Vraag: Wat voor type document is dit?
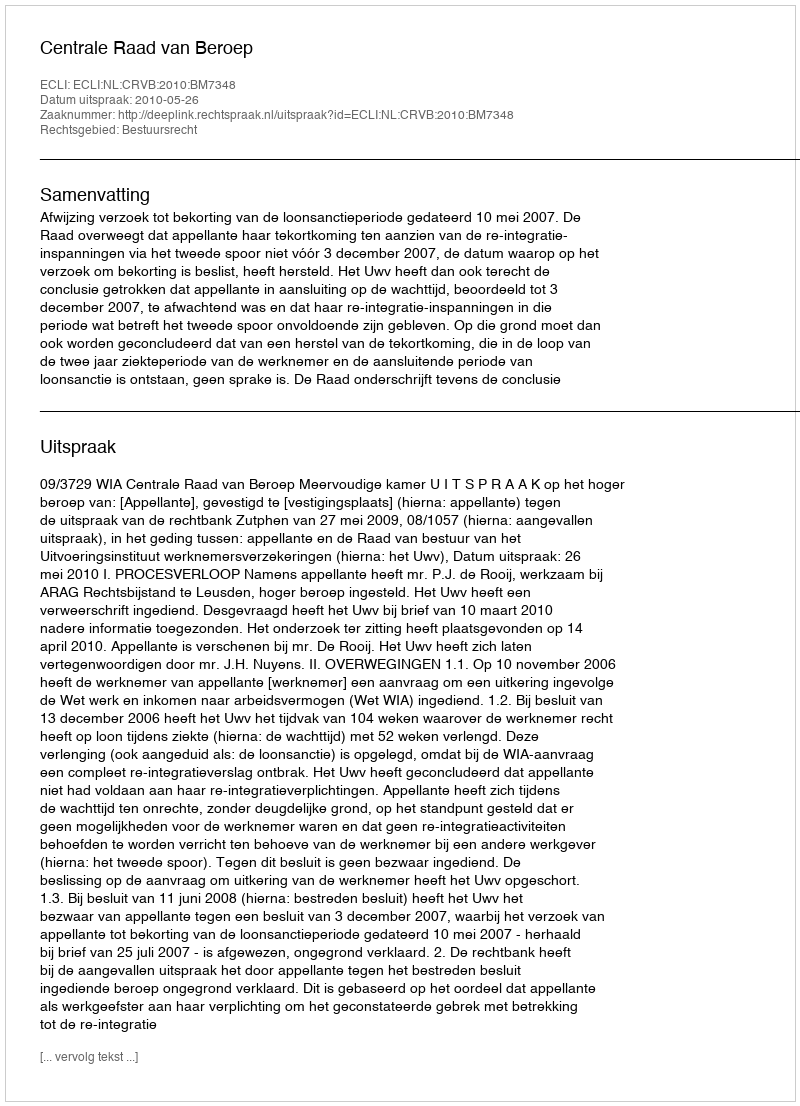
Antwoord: Uitspraak